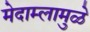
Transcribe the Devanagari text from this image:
मेदाम्लामुळे